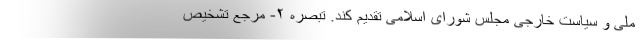
ملی و سیاست خارجی مجلس شورای اسلامی تقدیم کند. تبصره ۲- مرجع تشخیص